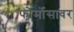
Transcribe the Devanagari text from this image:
फोर्मोसावर